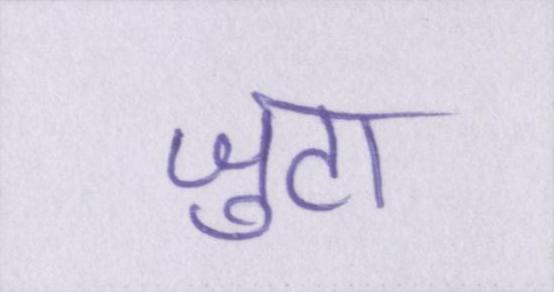
जुटा